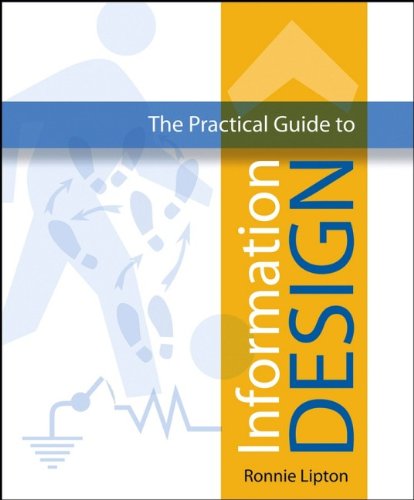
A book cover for The Practical Guide to Information Design; Ronnie Lipton; Arts & Photography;